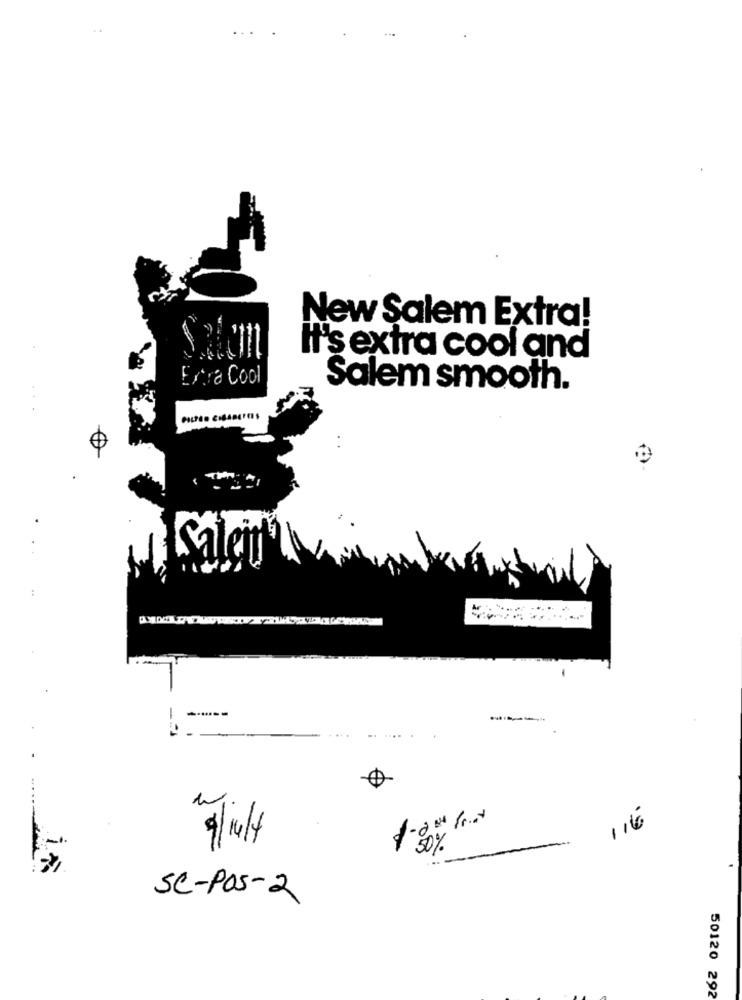
...
New Salem Extra!
It's extra cool and
Extra Cool
Salem smooth.
Salem
--
116
-1.
30%
SC-POS-2
50120 292